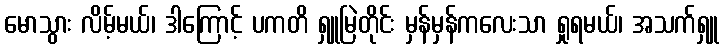
မောသွား လိမ့်မယ်၊ ဒါကြောင့် ပကတိ ရှူမြဲတိုင်း မှန်မှန်ကလေးသာ ရှုရမယ်၊ အသက်ရှူ